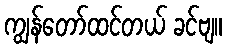
ကျွန်တော်ထင်တယ် ခင်ဗျ။